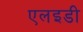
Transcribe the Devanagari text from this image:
एलइडी